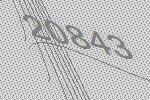
20843